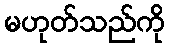
မဟုတ်သည်ကို